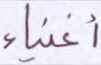
أغنياء